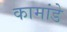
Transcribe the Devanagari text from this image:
कामांडे